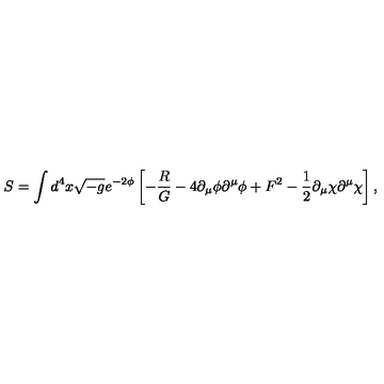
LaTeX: S = \int d ^ { 4 } x \sqrt { - g } e ^ { - 2 \phi } \left[ - \frac { R } { G } - 4 \partial _ { \mu } \phi \partial ^ { \mu } \phi + F ^ { 2 } - \frac { 1 } { 2 } \partial _ { \mu } \chi \partial ^ { \mu } \chi \right] ,